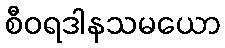
စီဝရဒါနသမယော